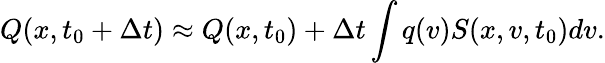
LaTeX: Q(x,t_{0}+\Delta t)\approx Q(x,t_{0})+\Delta t\int q(v)S(x,v,t_{0})dv.